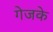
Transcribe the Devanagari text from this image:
गेजके